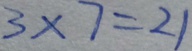
3 \times 7 = 2 1